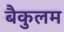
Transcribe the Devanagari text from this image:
बैकुलम